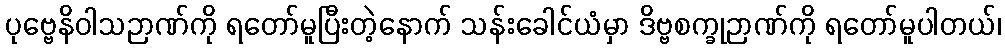
ပုဗ္ဗေနိဝါသဉာဏ်ကို ရတော်မူပြီးတဲ့နောက် သန်းခေါင်ယံမှာ ဒိဗ္ဗစက္ခုဉာဏ်ကို ရတော်မူပါတယ်၊